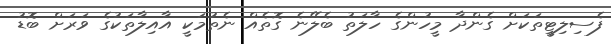
ފެސިލިޓީތަކަށް ގެންދާ މީހުންގެ ހާލަތު ބެލޭނެ ގޮތެއް ނެތުމަކީ އާއިލާތަކުގެ ވަރަށް ބޮޑު